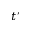
t ^ { \prime }